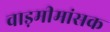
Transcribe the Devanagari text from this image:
वाड़मीमांसक